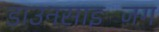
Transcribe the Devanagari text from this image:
डाउनसाइजिंग